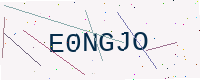
Text: E0NGJO